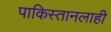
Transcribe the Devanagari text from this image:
पाकिस्तानलाही